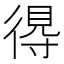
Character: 𢔶